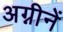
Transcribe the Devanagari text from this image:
अग्नीनें